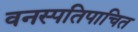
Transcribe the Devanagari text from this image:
वनस्पतिपाचित